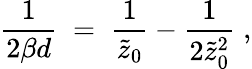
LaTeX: {\frac{1}{2\beta d}}\; =\; {\frac{1}{\tilde{z}_{0}}}-{\frac{1}{2\tilde{z}_{0}^{2}}}\; ,